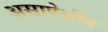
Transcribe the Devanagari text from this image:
असापेक्षीय